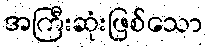
အကြီးဆုံးဖြစ်သော